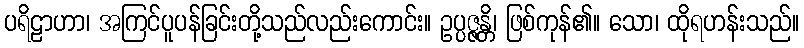
ပရိဠာဟာ၊ အကြင်ပူပန်ခြင်းတို့သည်လည်းကောင်း။ ဥပ္ပဇ္ဇန္တိ၊ ဖြစ်ကုန်၏။ သော၊ ထိုရဟန်းသည်။